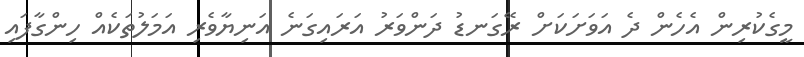
މީގެކުރިން އެހެން ދެ އަވަށަކަށް ރޭގަނޑު ދަންވަރު އަރައިގަނެ އަނިޔާވެރި އަމަލުތަކެއް ހިންގާފައި